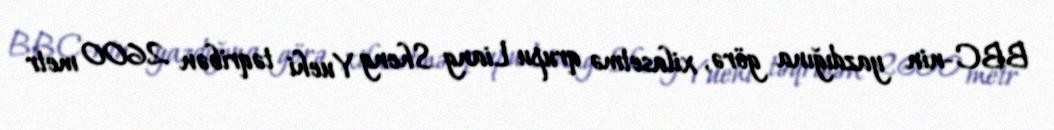
BBC-nin yazdığına görə, xilasetmə qrupu Liang Sheng Yuehi təqribən 2600 metr